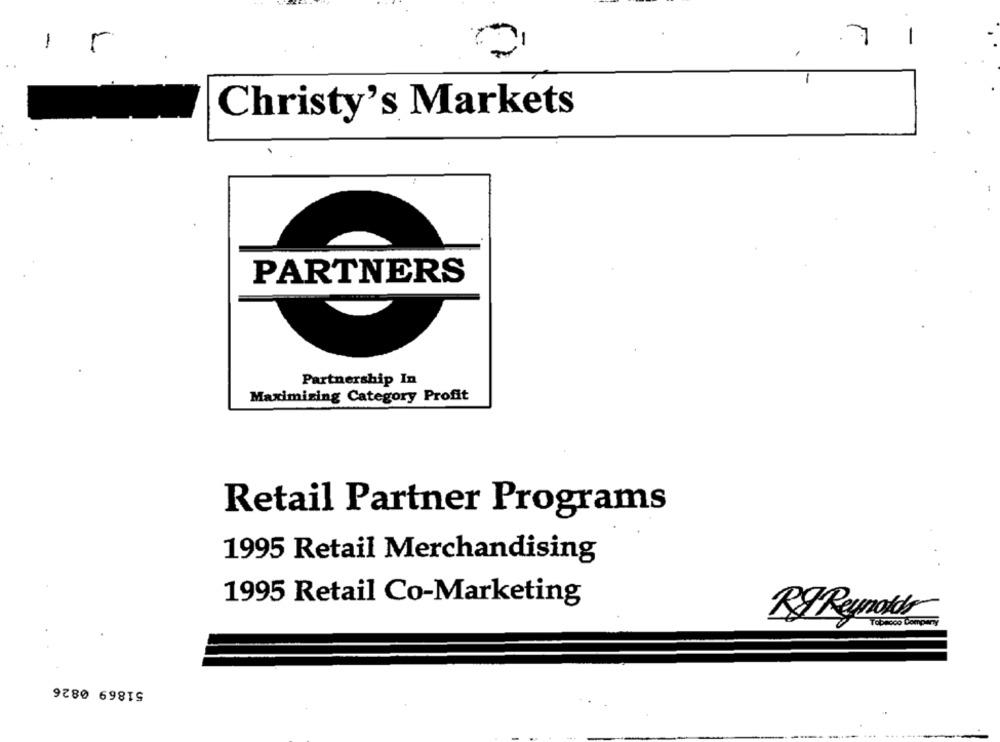
1
.7
-
Christy's Markets
PARTNERS
Partnership In
Maximizing Category Profit
Retail Partner Programs
1995 Retail Merchandising
1995 Retail Co-Marketing
R& Reynolds
51869 0826